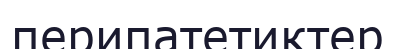
перипатетиктер